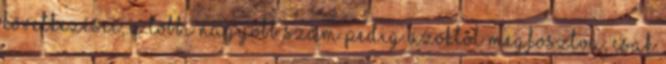
következései, a többi nagyobb szám pedig azoktól megfosztva, csak